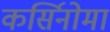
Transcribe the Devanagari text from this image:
कर्सिनोमा